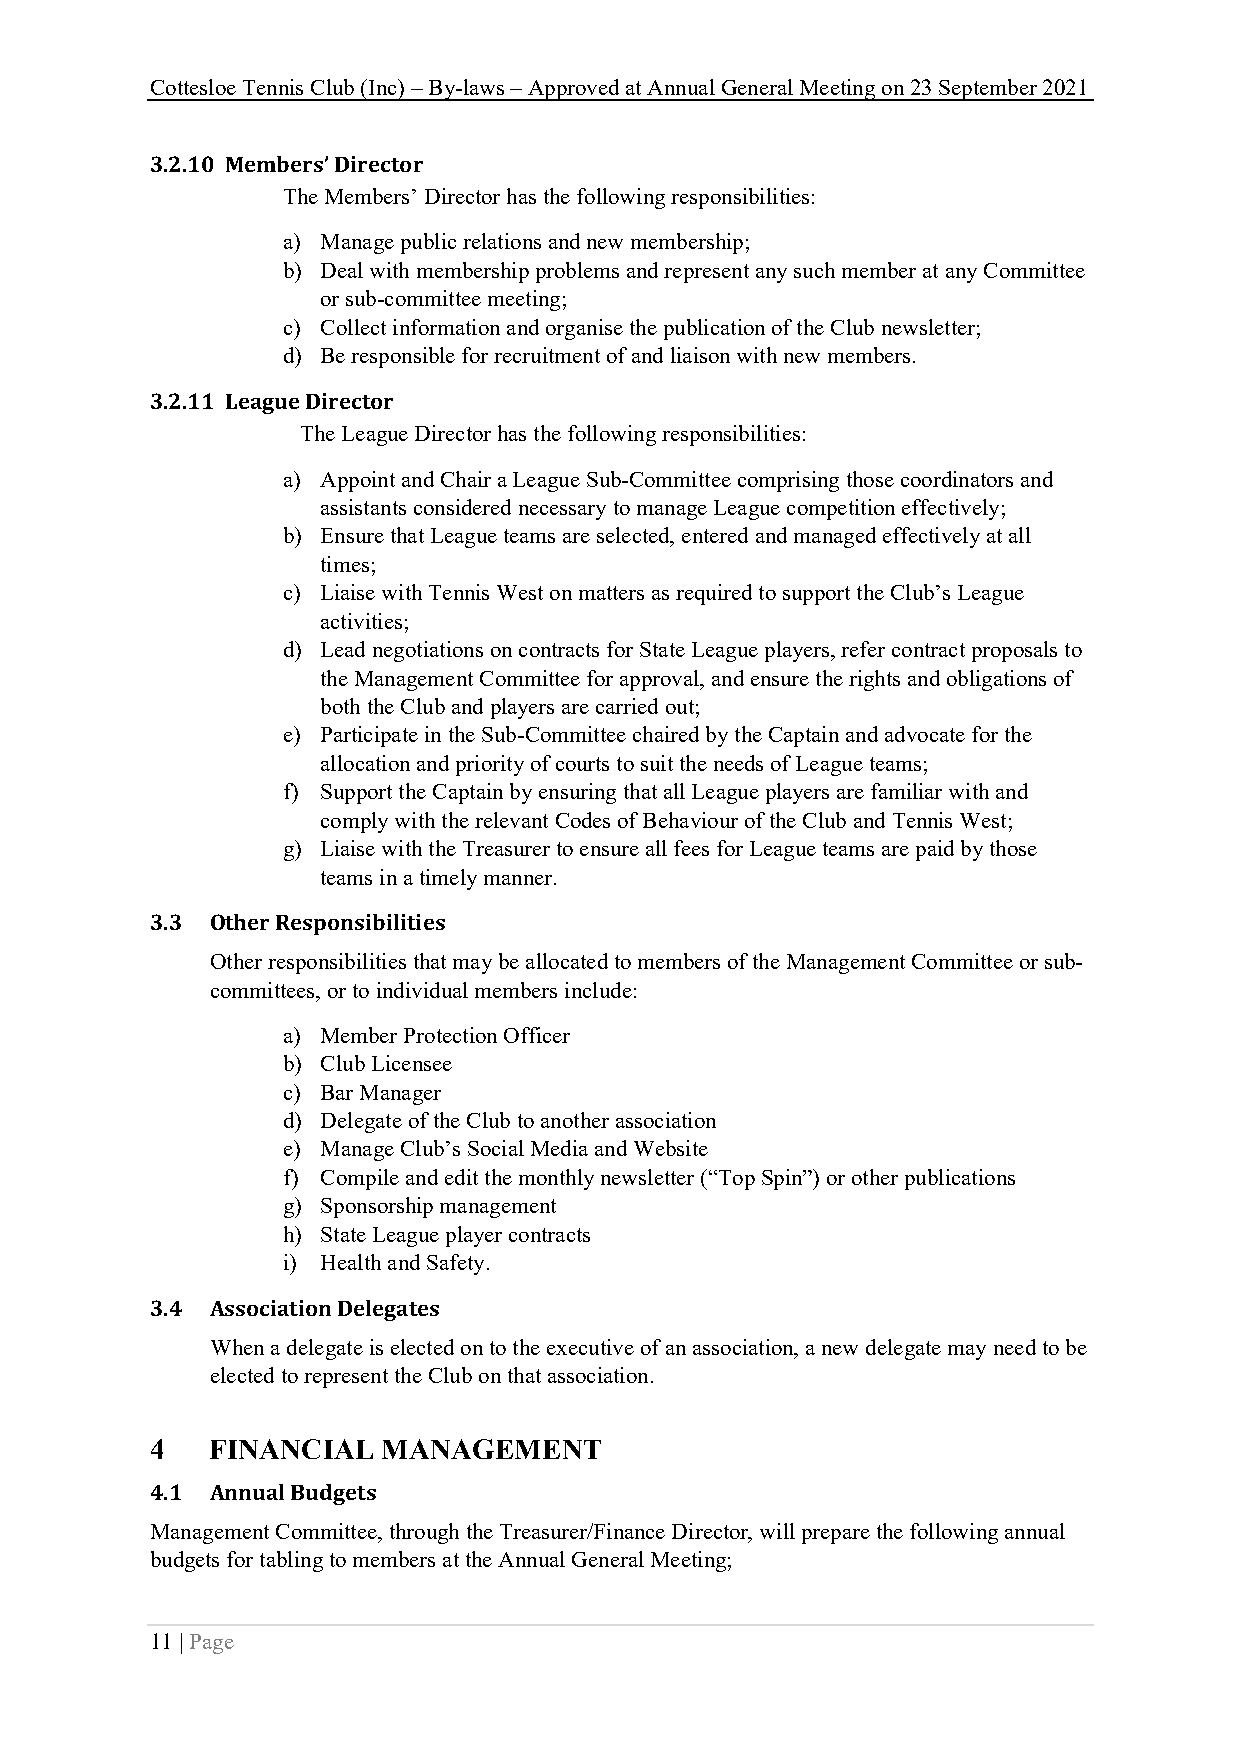
Cottesloe Tennis Club (Inc) – By-laws – Approved at Annual General Meeting on 23 September 2021
 3.2.10 Members’ Director
 The Members’ Director has the following responsibilities:
 a) Manage public relations and new membership;
 b) Deal with membership problems and represent any such member at any Committee
 or sub-committee meeting;
 c) Collect information and organise the publication of the Club newsletter;
 d) Be responsible for recruitment of and liaison with new members.
 3.2.11 League Director
 The League Director has the following responsibilities:
 a) Appoint and Chair a League Sub-Committee comprising those coordinators and
 assistants considered necessary to manage League competition effectively;
 b) Ensure that League teams are selected, entered and managed effectively at all
 times;
 c) Liaise with Tennis West on matters as required to support the Club’s League
 activities;
 d) Lead negotiations on contracts for State League players, refer contract proposals to
 the Management Committee for approval, and ensure the rights and obligations of
 both the Club and players are carried out;
 e) Participate in the Sub-Committee chaired by the Captain and advocate for the
 allocation and priority of courts to suit the needs of League teams;
 f) Support the Captain by ensuring that all League players are familiar with and
 comply with the relevant Codes of Behaviour of the Club and Tennis West;
 g) Liaise with the Treasurer to ensure all fees for League teams are paid by those
 teams in a timely manner.
 3.3 Other Responsibilities
 Other responsibilities that may be allocated to members of the Management Committee or sub-
 committees, or to individual members include:
 a) Member Protection Officer
 b) Club Licensee
 c) Bar Manager
 d) Delegate of the Club to another association
 e) Manage Club’s Social Media and Website
 f) Compile and edit the monthly newsletter (“Top Spin”) or other publications
 g) Sponsorship management
 h) State League player contracts
 i) Health and Safety.
 3.4 Association Delegates
 When a delegate is elected on to the executive of an association, a new delegate may need to be
 elected to represent the Club on that association.
 4   FINANCIAL  MANAGEMENT
 4.1 Annual Budgets
 Management Committee, through the Treasurer/Finance Director, will prepare the following annual
 budgets for tabling to members at the Annual General Meeting;
 11 | Page